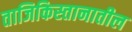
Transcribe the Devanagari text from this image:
ताजिकिस्तानातील